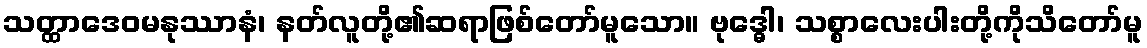
သတ္ထာဒေဝမနုဿာနံ၊ နတ်လူတို့၏ဆရာဖြစ်တော်မူသော။ ဗုဒ္ဓေါ၊ သစ္စာလေးပါးတို့ကိုသိတော်မူ